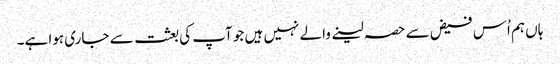
ہاں ہم اُس فیض سے حصہ لینے والے نہیں ہیں جو آپ کی بعثت سے جاری ہوا ہے۔